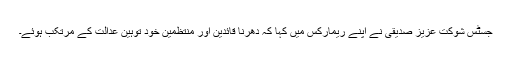
جسٹس شوکت عزیز صدیقی نے اپنے ریمارکس میں کہا کہ دھرنا قائدین اور منتظمین خود توہینِ عدالت کے مرتکب ہوئے۔